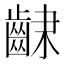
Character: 𮯆